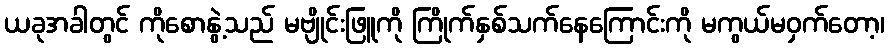
ယခုအခါတွင် ကိုစောနွဲ့သည် မဗျိုင်းဖြူကို ကြိုက်နှစ်သက်နေကြောင်းကို မကွယ်မဝှက်တော့၊